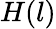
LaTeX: H(l)